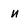
Character: n